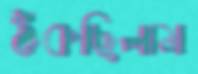
ঠকছিলাম